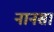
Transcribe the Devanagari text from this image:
नानसा